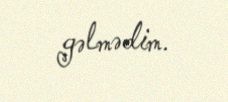
gəlmədim.